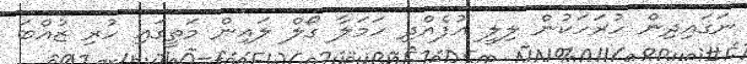
ނަގައިދިން ހުރަހަކުން ލިލީ އުފެއްދި ހަމަލާ ގޯލް ލައިން މަތީގައި ހުރި ޒުއްބަ